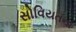
સોવિયતના